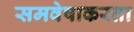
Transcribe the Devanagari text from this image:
समवेषाकरता